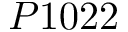
P 1 0 2 2